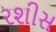
રશીસ